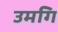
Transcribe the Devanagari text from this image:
उमगि